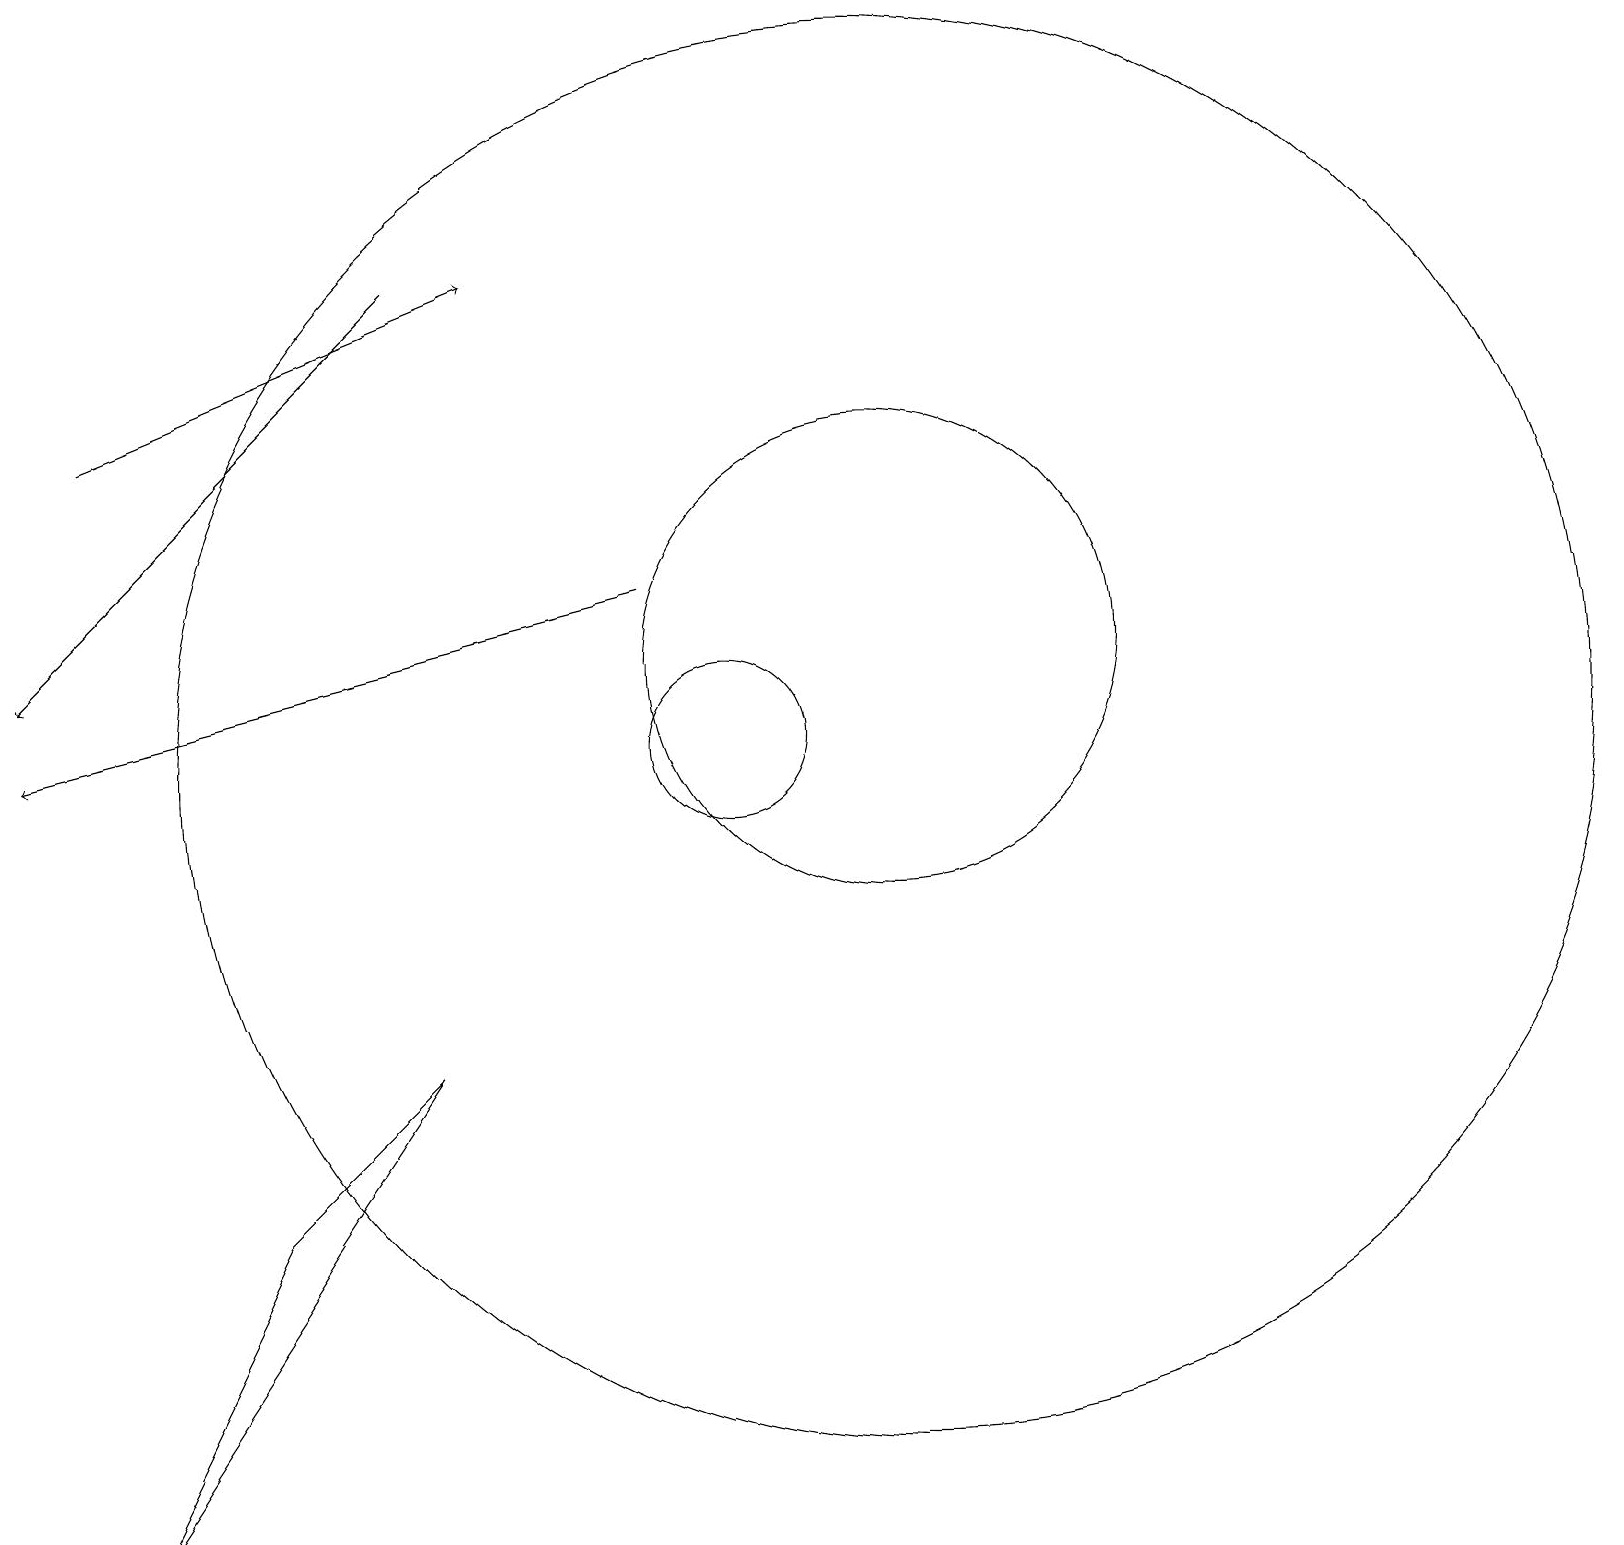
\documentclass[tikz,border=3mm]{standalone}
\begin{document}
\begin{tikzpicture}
\draw (12,10) circle (9);
\draw[->] (6,16) -- (1,11);
\draw[->] (2,14) -- (7,16);
\draw (4,4) -- (6,6) -- (2,0) -- cycle;
\draw[->] (9,12) -- (1,10);
\draw (10,10) circle (1);
\draw (12,11) circle (3);
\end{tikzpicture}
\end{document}